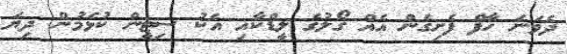
ދެވަނަ ހާފް ފެށިގެން އެއް ގޯލުގެ ލީޑްކާއި އެކު ސިޓީން ކުޅެމުން ދިޔަ